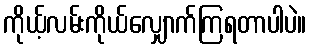
ကိုယ့်လမ်းကိုယ်လျှောက်ကြရတာပါပဲ။